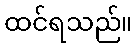
ထင်ရသည်။